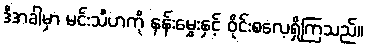
ဒီအခါမှာ မင်းသီဟကို နန်းမွှေးနှင့် ဝိုင်းစလေ့ရှိကြသည်။